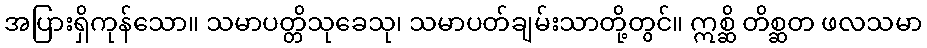
အပြားရှိကုန်သော။ သမာပတ္တိသုခေသု၊ သမာပတ်ချမ်းသာတို့တွင်။ ဣစ္ဆိ တိစ္ဆတ ဖလသမာ